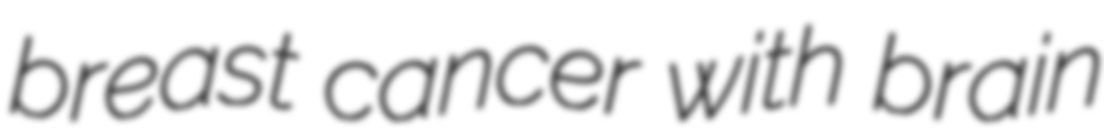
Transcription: breast cancer with brain